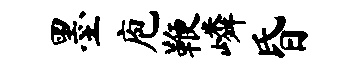
墨庖鞭嶙昏